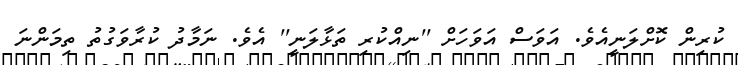
ކުރިން ކޮށްލަނީއެވެ. އަވަސް އަވަހަށް ''ނިއްކުރި ތަޅާލަނީ'' އެވެ. ނަމާދު ކުރާވަގުތު ތިމަންނަ